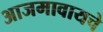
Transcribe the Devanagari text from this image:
आजमावायचे